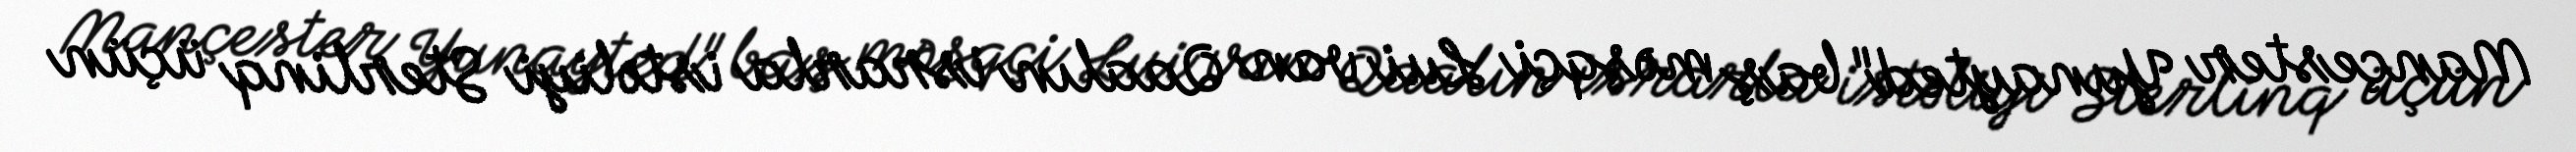
Mançester Yunayted" baş məşqçi Lui van Qaalın israrla istəliyi Sterlinq üçün